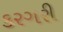
કરગરી